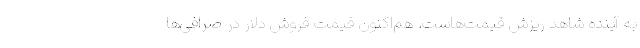
به آینده شاهد ریزش قیمت‌هاست. هم‌اکنون قیمت فروش دلار در صرافی‌ها